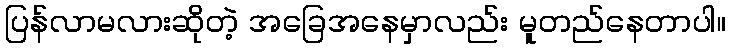
ပြန်လာမလားဆိုတဲ့ အခြေအနေမှာလည်း မူတည်နေတာပါ။